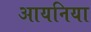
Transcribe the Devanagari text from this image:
आयनिया